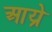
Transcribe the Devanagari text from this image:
आय्रे